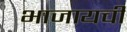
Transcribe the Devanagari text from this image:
भाजायची